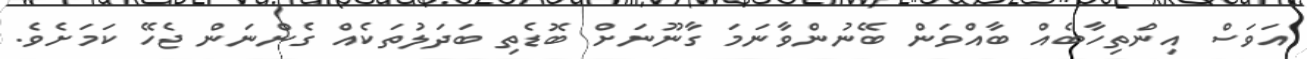
އަވަސް އިންތިހާބެއް ބާއްވަން ބޭނުންވާނަމަ ގާނޫނަށް ބޮޑެތި ބަދަލުތަކެއް ގެންނަން ޖެހޭ ކަމަށެވެ.